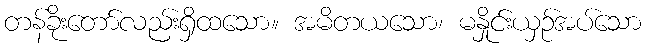
တန်ခိုးတော်လည်းရှိထသော။ အမိတယသော၊ မနှိုင်းယှဉ်အပ်သော